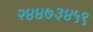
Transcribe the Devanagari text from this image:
२४४७३४५९